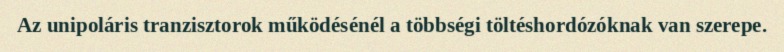
Az unipoláris tranzisztorok működésénél a többségi töltéshordózóknak van szerepe.